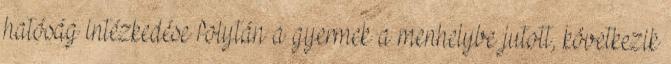
hatóság intézkedése folytán a gyermek a menhelybe jutott, következik